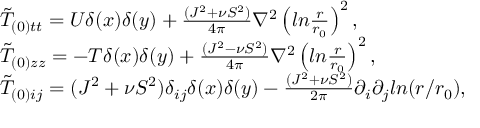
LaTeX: \begin{array} { l l } { { \tilde { T } _ { ( 0 ) t t } = U \delta ( x ) \delta ( y ) + \frac { ( J ^ { 2 } + \nu S ^ { 2 } ) } { 4 \pi } \nabla ^ { 2 } \left( l n \frac { r } { r _ { 0 } } \right) ^ { 2 } , } } \\ { { \tilde { T } _ { ( 0 ) z z } = - T \delta ( x ) \delta ( y ) + \frac { ( J ^ { 2 } - \nu S ^ { 2 } ) } { 4 \pi } \nabla ^ { 2 } \left( l n \frac { r } { r _ { 0 } } \right) ^ { 2 } , } } \\ { { \tilde { T } _ { ( 0 ) i j } = ( J ^ { 2 } + \nu S ^ { 2 } ) \delta _ { i j } \delta ( x ) \delta ( y ) - \frac { ( J ^ { 2 } + \nu S ^ { 2 } ) } { 2 \pi } \partial _ { i } \partial _ { j } l n ( r / r _ { 0 } ) , } } \end{array}